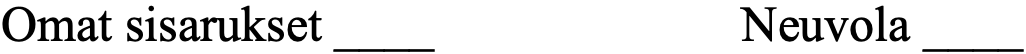
Omat sisarukset ____     Neuvola ____